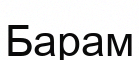
Барам